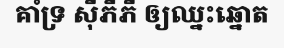
គាំទ្រ ស៊ីភីភី ឲ្យឈ្នះឆ្នោត